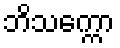
ဘိသက္ကော